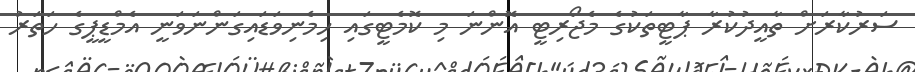
ސަރުކާރަށް ތާއީދުކުރާ ޕާޓީތަކުގެ މެޖޯރިޓީ އޮންނަ މި ކޮމެޓީގައި ހިމެނިވަޑައިގަންނަވަނީ އެމްޑީޕީގެ ހަތަރު